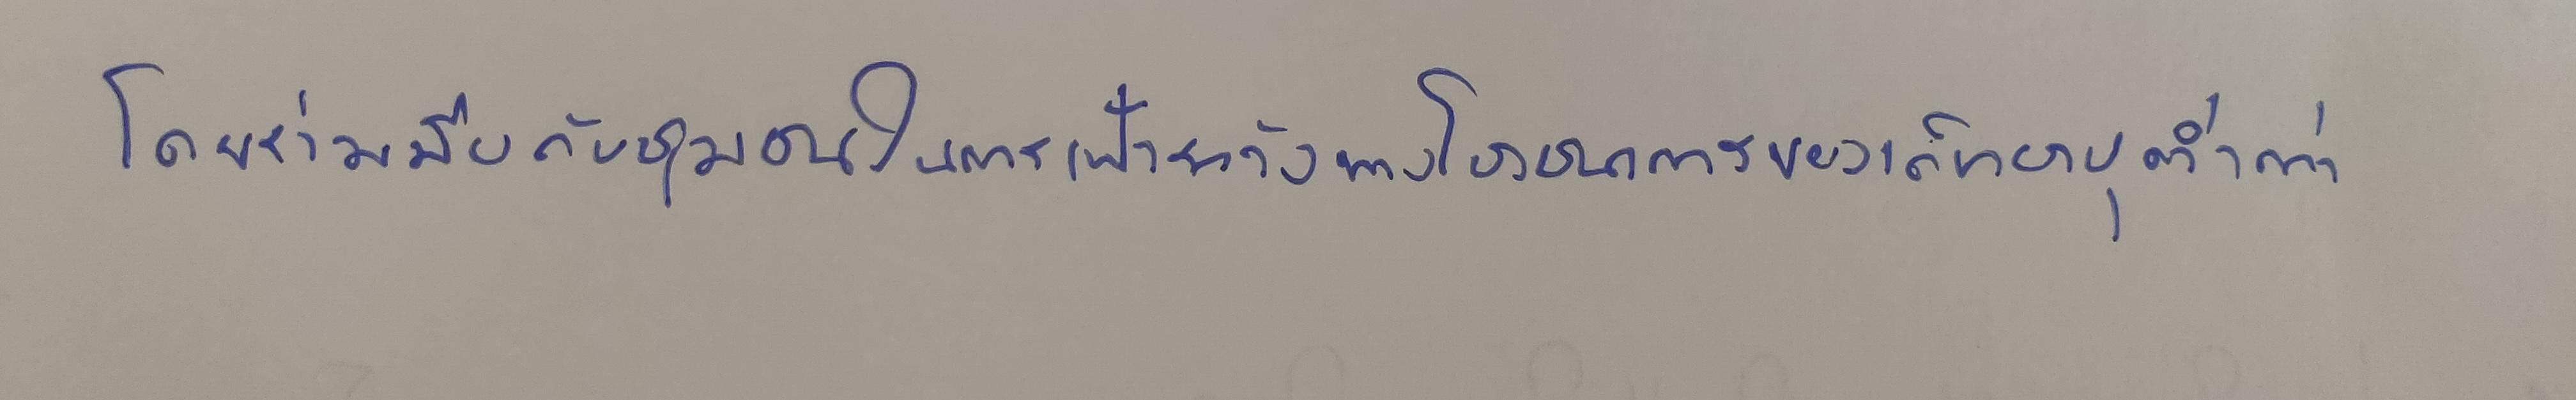
โดยร่วมมือกับชุมชนในการเฝ้าระวังทางโภชนาการของเด็กอายุต่ำกว่า